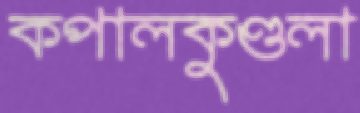
কপালকুণ্ডলা